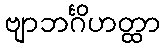
ဗျာဘင်္ဂိဟတ္ထာ